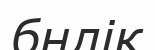
бнлік